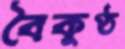
বৈকুণ্ঠ